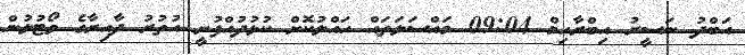
އަބްދު ނަސީރު އިބްރާހިމް 09:04 މައްސަލަތައް ހައްލުކޮށް ކުޅުދުއްފުށީ އުތުރު ދާއިރާގެ ވޯޓުލުން